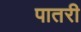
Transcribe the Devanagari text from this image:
पातरी